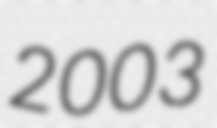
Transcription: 2003